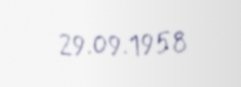
29.09.1958